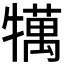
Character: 𤛶